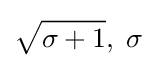
{\sqrt {\sigma +1{\vphantom {/}}}},\;\sigma